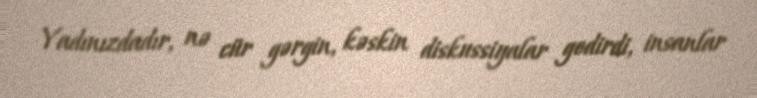
Yadınızdadır, nə cür gərgin, kəskin diskussiyalar gedirdi, insanlar